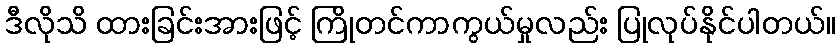
ဒီလိုသိ ထားခြင်းအားဖြင့် ကြိုတင်ကာကွယ်မှုလည်း ပြုလုပ်နိုင်ပါတယ်။